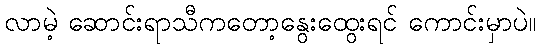
လာမဲ့ ဆောင်းရာသီကတော့နွေးထွေးရင် ကောင်းမှာပဲ။